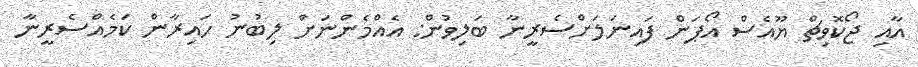
އާއި ޖޯކޮވިޗް ޔޫއެސް އޯޕަން ފައިނަލަށްސެރީނާ ބަލިވުން: އެއްމެންނަށް ލިބުނު ހައިރާން ކަމެއްސެރީނާ